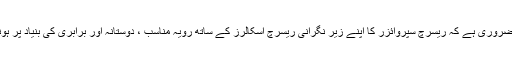
اس لئے ضروری ہے کہ ریسرچ سپروائزر کا اپنے زیر نگرانی ریسرچ اسکالرز کے ساتھ رویہ مناسب ، دوستانہ اور برابری کی بنیاد پر ہونا چاہیے۔